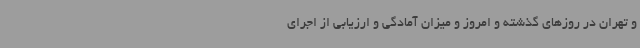
و تهران در روزهای گذشته و امروز و میزان آمادگی و ارزیابی از اجرای